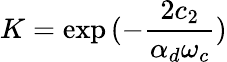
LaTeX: K=\exp{(-\frac{2c_{2}}{\alpha_{d}\omega_{c}})}